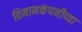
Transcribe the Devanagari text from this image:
विमानकंपनीच्या